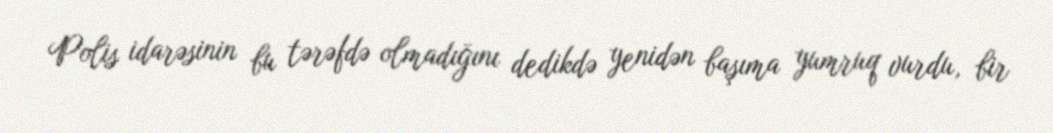
Polis idarəsinin bu tərəfdə olmadığını dedikdə yenidən başıma yumruq vurdu, bir